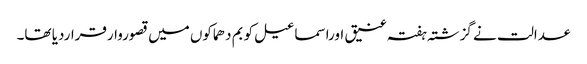
عدالت نے گزشتہ ہفتہ عنیق اوراسماعیل کو بم دھماکوں میں قصوروارقراردیا تھا۔